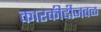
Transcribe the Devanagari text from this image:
कारकीर्दीजवळ